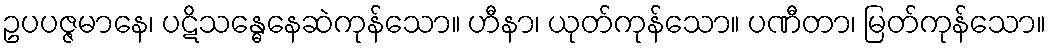
ဥပပဇ္ဇမာနေ၊ ပဋိသန္ဓေနေဆဲကုန်သော။ ဟီနာ၊ ယုတ်ကုန်သော။ ပဏီတာ၊ မြတ်ကုန်သော။